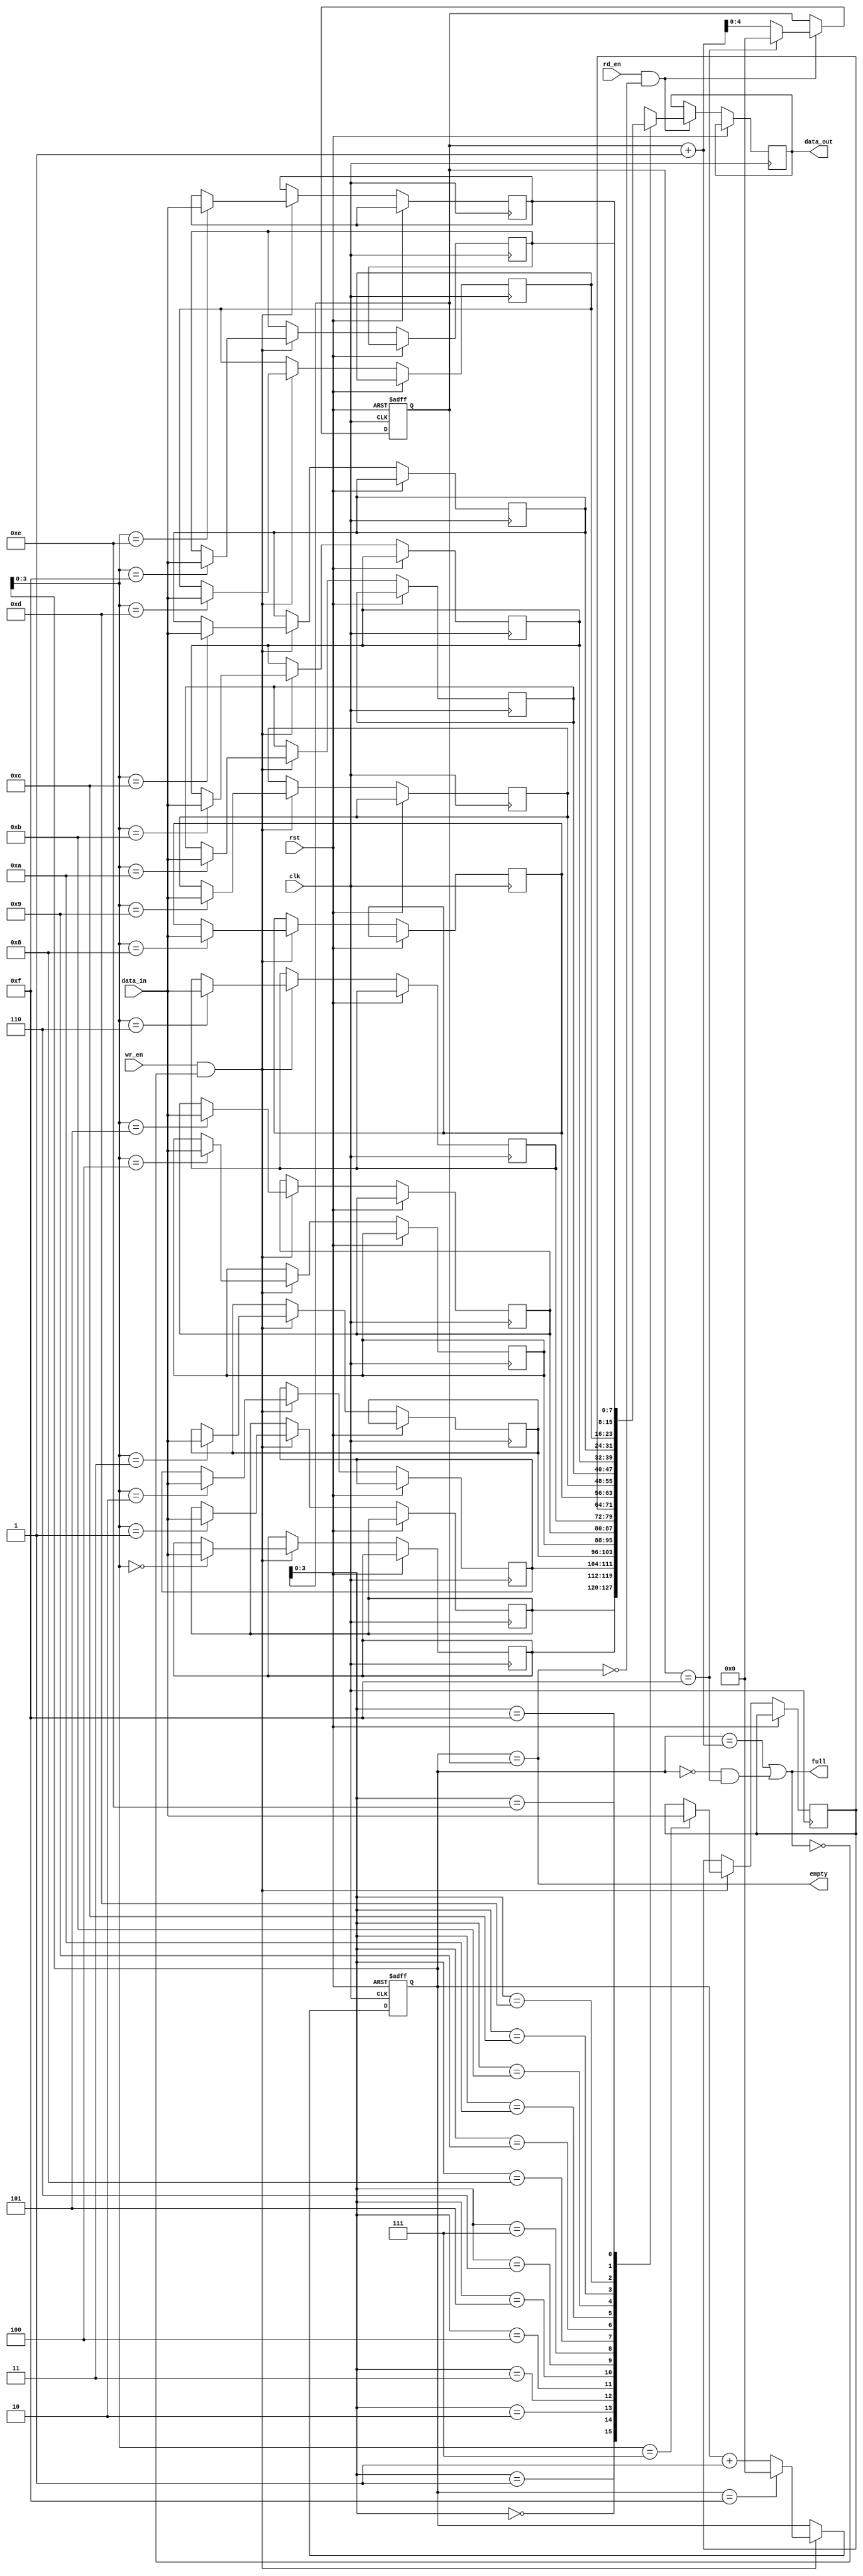
module bidirectional_fifo 
#(
parameter DEPTH = 16
)
(
input clk,
input rst,
input wr_en,
input rd_en,
input [7:0] data_in,
output [7:0] data_out,
output full,
output empty
);

reg [7:0] fifo_mem [0:DEPTH-1];
reg [4:0] wr_ptr;
reg [4:0] rd_ptr;

assign full = ((wr_ptr == rd_ptr + 1) || (wr_ptr == 0 && rd_ptr == DEPTH-1));
assign empty = (wr_ptr == rd_ptr);

always @(posedge clk or posedge rst) begin
    if (rst) begin
        wr_ptr <= 0;
        rd_ptr <= 0;
    end else begin
        if (wr_en && !full) begin
            fifo_mem[wr_ptr] <= data_in;
            wr_ptr <= (wr_ptr == DEPTH-1) ? 0 : wr_ptr + 1;
        end
        if (rd_en && !empty) begin
            data_out <= fifo_mem[rd_ptr];
            rd_ptr <= (rd_ptr == DEPTH-1) ? 0 : rd_ptr + 1;
        end
    end
end

endmodule